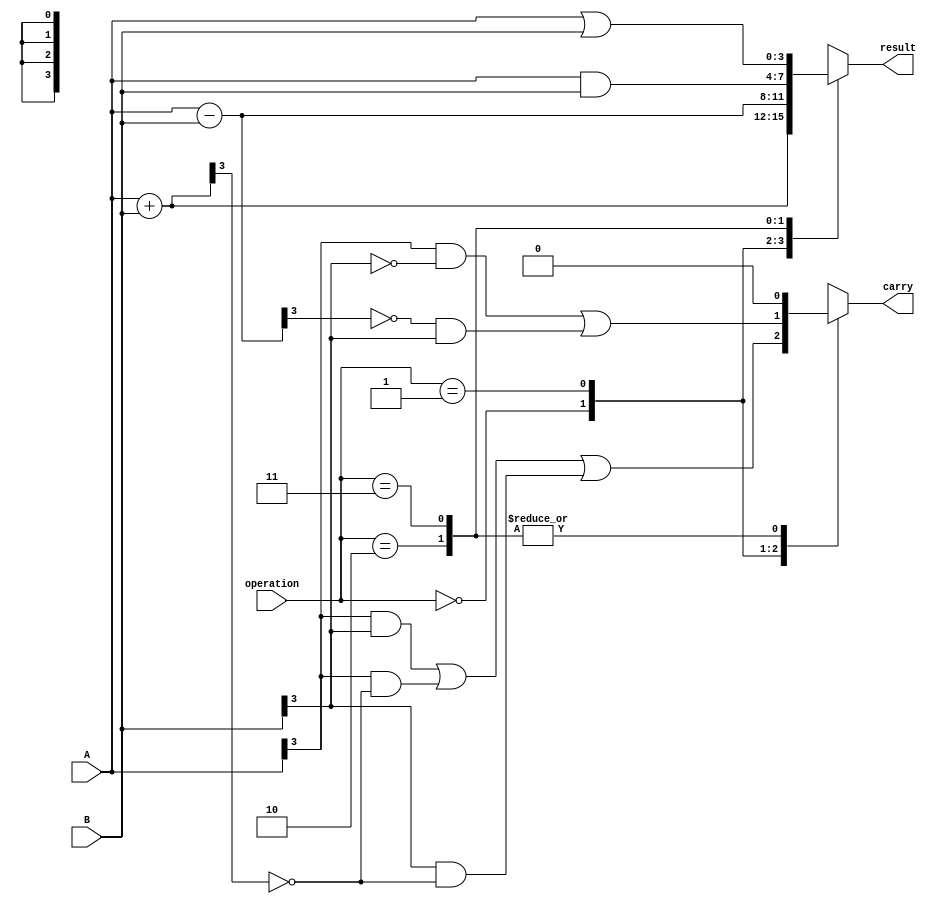
module ALU (
    input [3:0] A,
    input [3:0] B,
    input [1:0] operation,
    output reg [3:0] result,
    output reg carry
);

always @ (A, B, operation)
begin
    case(operation)
        2'b00: begin // ADD operation
            result = A + B;
            carry = (A[3] & B[3]) | (A[3] & ~result[3]) | (B[3] & ~result[3]); // carry-out calculation
        end
        2'b01: begin // SUB operation
            result = A - B;
            carry = (A[3] & ~B[3]) | (~result[3] & B[3]); // carry-out calculation
        end
        2'b10: begin // AND operation
            result = A & B;
            carry = 1'b0; // no carry-out for logical operations
        end
        2'b11: begin // OR operation
            result = A | B;
            carry = 1'b0; // no carry-out for logical operations
        end
        default: begin
            result = 4'b0; // default output if invalid operation
            carry = 1'b0;
        end
    endcase
end

endmodule